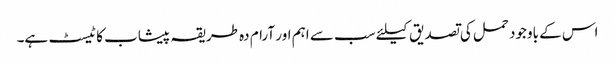
اس کے باوجود حمل کی تصدیق کیلئے سب سے اہم اور آرام دہ طریقہ پیشاب کا ٹیسٹ ہے۔